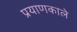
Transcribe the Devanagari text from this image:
प्रयाणकाले